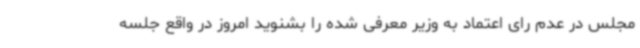
مجلس در عدم رای اعتماد به وزیر معرفی شده را بشنوید امروز در واقع جلسه